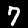
Label: 7